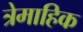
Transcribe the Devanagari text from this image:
त्रेमाहिक